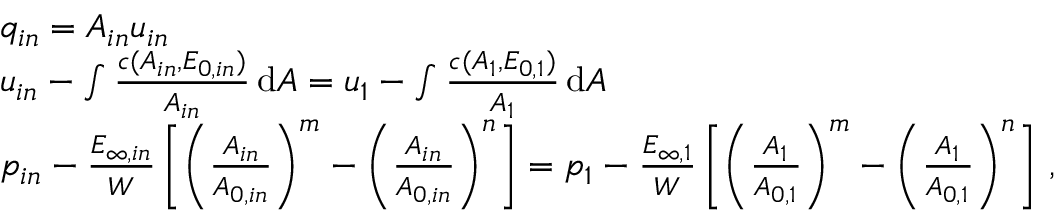
\begin{array} { r l } & { q _ { i n } = A _ { i n } u _ { i n } } \\ & { u _ { i n } - \int \frac { c ( A _ { i n } , E _ { 0 , i n } ) } { A _ { i n } } \, \mathrm { d } A = u _ { 1 } - \int \frac { c ( A _ { 1 } , E _ { 0 , 1 } ) } { A _ { 1 } } \, \mathrm { d } A } \\ & { p _ { i n } - \frac { E _ { \infty , i n } } { W } \left[ \left( \frac { A _ { i n } } { A _ { 0 , i n } } \right) ^ { m } - \left( \frac { A _ { i n } } { A _ { 0 , i n } } \right) ^ { n } \right] = p _ { 1 } - \frac { E _ { \infty , 1 } } { W } \left[ \left( \frac { A _ { 1 } } { A _ { 0 , 1 } } \right) ^ { m } - \left( \frac { A _ { 1 } } { A _ { 0 , 1 } } \right) ^ { n } \right] \, , } \end{array}